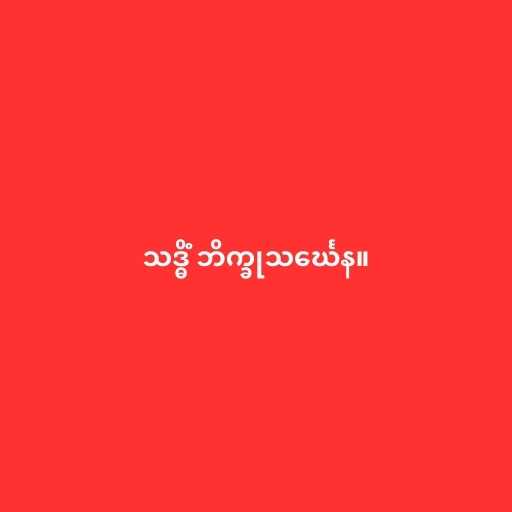
သဒ္ဓိံ ဘိက္ခုသင်္ဃေန။